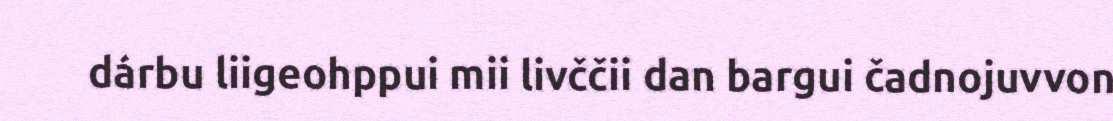
dárbu liigeohppui mii livččii dan bargui čadnojuvvon